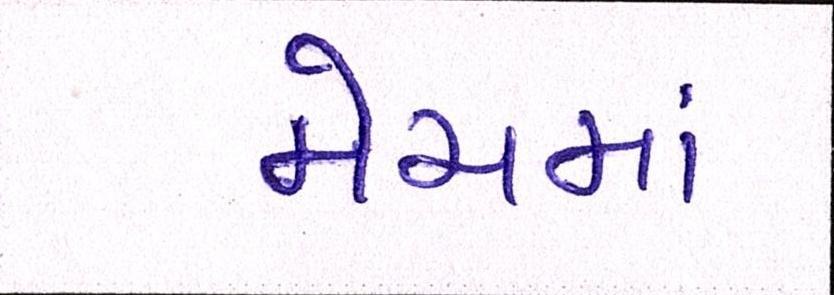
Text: મેચમાં